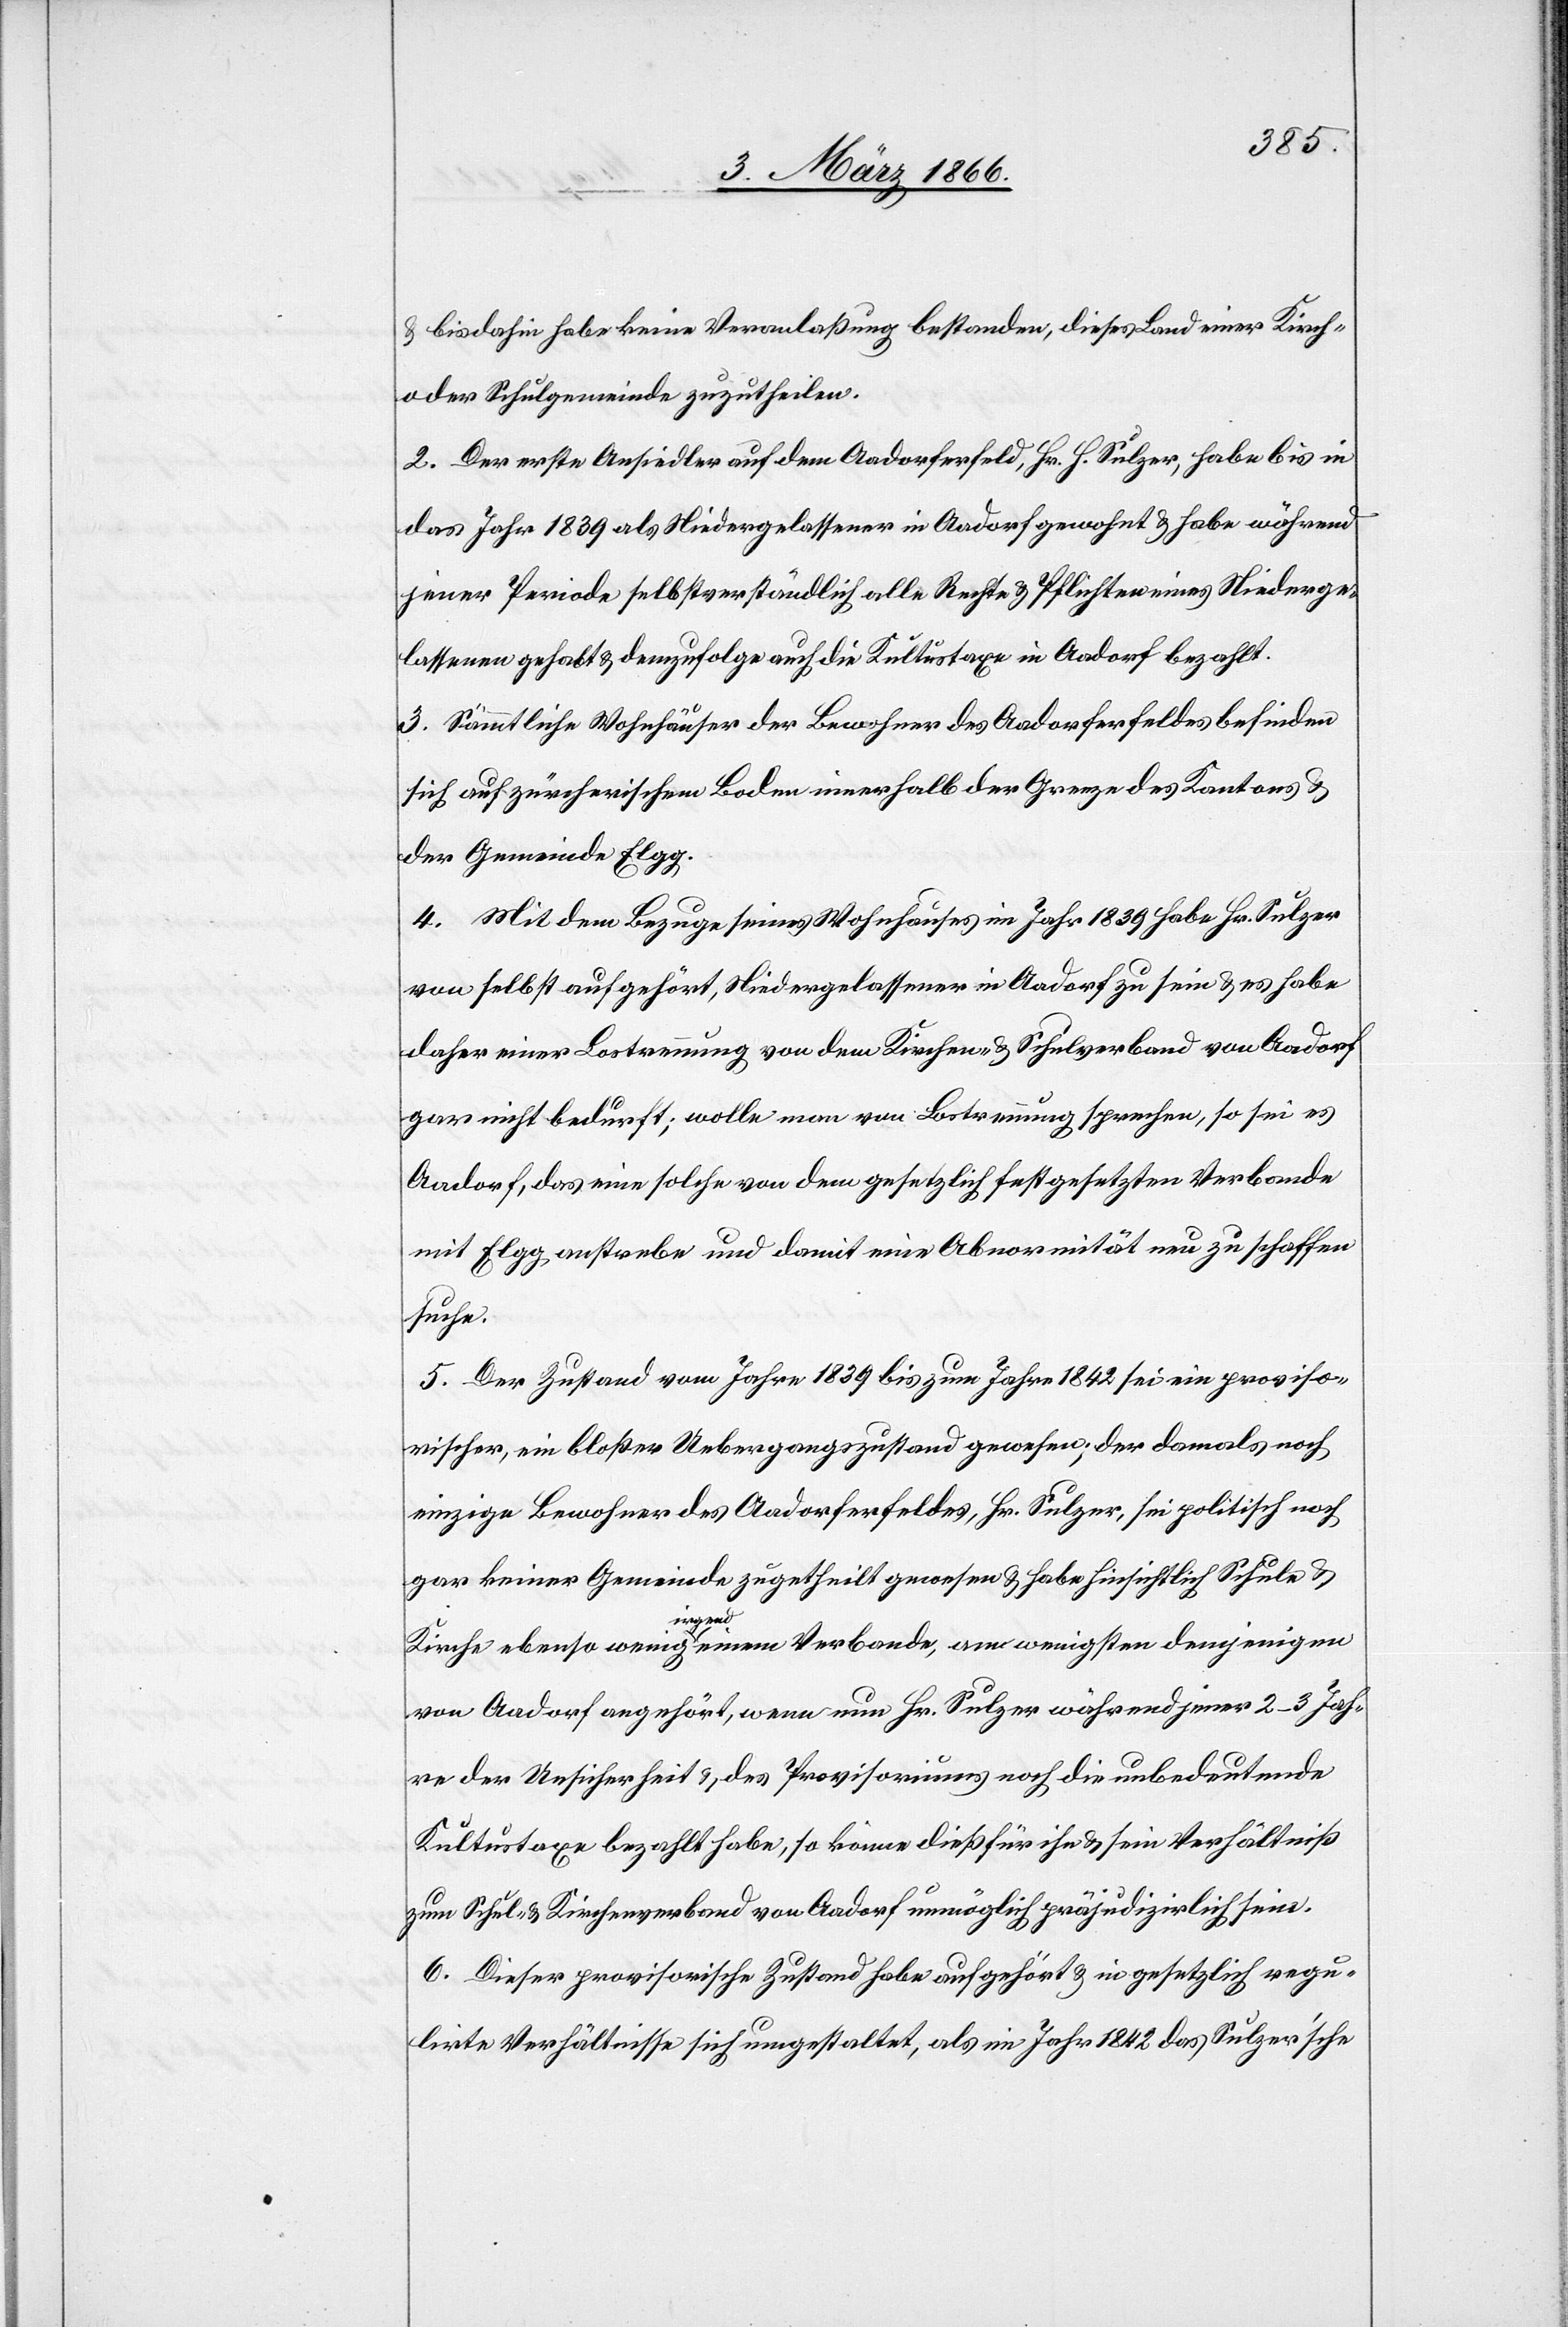
u. bis dahin habe keine Veranlaßung bestanden, dieses Land einer Kirch-
oder Schulgemeinde zuzutheilen.
2. Der erste Ansiedler auf dem Aadorferfeld, Hr. H. Sulzer, habe bis in
das Jahr 1839 als Niedergelassener in Aadorf gewohnt u. habe während
jener Periode selbstverständlich alle Rechte u. Pflichten eines Niederge¬
lassenen gehabt u. demzufolge auch die Kultustaxe in Aadorf bezahlt.
3. Sämmtliche Wohnhäuser der Bewohner des Aadorferfeldes befinden
sich auf zürcherischem Boden innerhalb der Grenze des Kantons u.
der Gemeinde Elgg.
4. Mit dem Bezuge seines Wohnhauses im Jahr 1839 habe Hr. Sulzer
von selbst aufgehört, Niedergelassener in Aadorf zu sein u. es habe
daher einer Lostrennung von dem Kirchen- u. Schulverband von Aadorf
gar nicht bedurft; wolle man von Lostrennung sprechen, so sei es
Aadorf, das eine solche von dem gesetzlich festgelegten Verbande
mit Elgg anstrebe und damit eine Abnormität neu zu schaffen
suche.
5. Der Zustand vom Jahre 1839 bis zum Jahr 1842 sei ein proviso¬
rischer, ein bloßer Uebergangszustand gewesen, der damals noch
einzige Bewohner des Aadorferfeldes, Hr. Sulzer, sei politisch noch
gar keiner Gemeinde zugetheilt gewesen u. habe hinsichtlich Schule u.
Kirche ebenso wenig irgend einem Verbande, am wenigsten demjenigen
von Aadorf angehört, wenn nun Hr. Sulzer während jener 2–3 Jah¬
re der Unsicherheit u. des Provisoriums noch die unbedeutende
Kultustaxe bezahlt habe, so könne dieß für ihn u. sein Verhältniß
zum Schul- u. Kirchenverband von Aadorf unmöglich präjudizirlich sein.
6. Dieser provisorische Zustand habe aufgehört u. in gesetzliche regu¬
lirte Verhältnisse sich umgestaltet, als im Jahr 1842 das Sulzer’sche